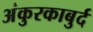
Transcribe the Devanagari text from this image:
अंकुरकाबुर्द